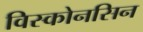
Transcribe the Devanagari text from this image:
विस्कोनसिन